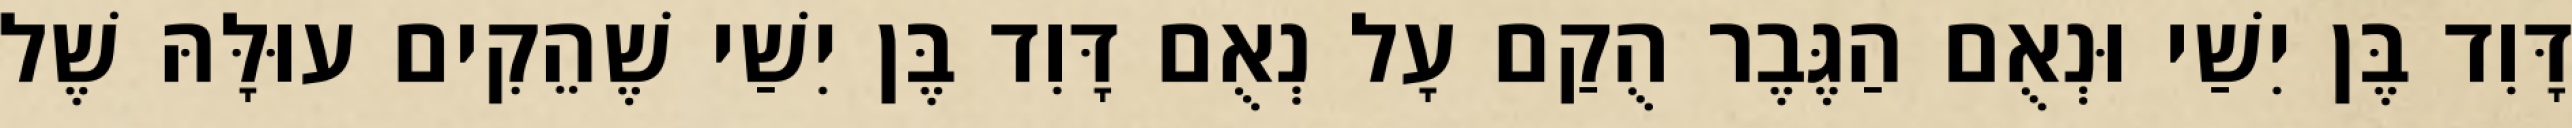
דָּוִד בֶּן יִשַׁי וּנְאֻם הַגֶּבֶר הֻקַם עָל נְאֻם דָּוִד בֶּן יִשַׁי שֶׁהֵקִים עוּלָּהּ שֶׁל